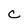
Character: c